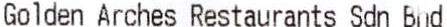
GOLDEN ARCHES RESTAURANTS SDN BHD